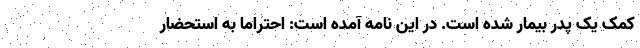
کمک یک پدر بیمار شده است. در این نامه آمده است: احتراماً به استحضار